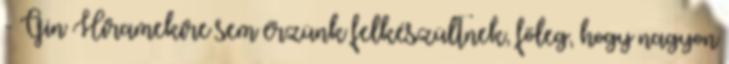
- Gin Hiramekire sem érzünk felkészültnek, főleg, hogy nagyon